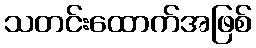
သတင်းထောက်အဖြစ်